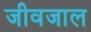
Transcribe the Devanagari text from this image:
जीवजाल